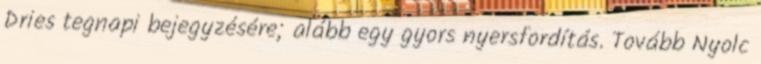
Dries tegnapi bejegyzésére; alább egy gyors nyersfordítás. Tovább Nyolc